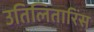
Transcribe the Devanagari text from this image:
उतिलितारिंस